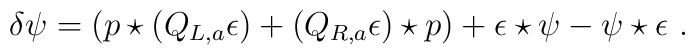
\delta\psi= (p\star (Q_{L,a}\epsilon)+(Q_{R,a}\epsilon)\star p)+\epsilon\star \psi-\psi\star\epsilon\,\,.